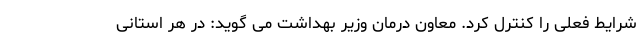
شرایط فعلی را کنترل کرد. معاون درمان وزیر بهداشت می گوید: در هر استانی